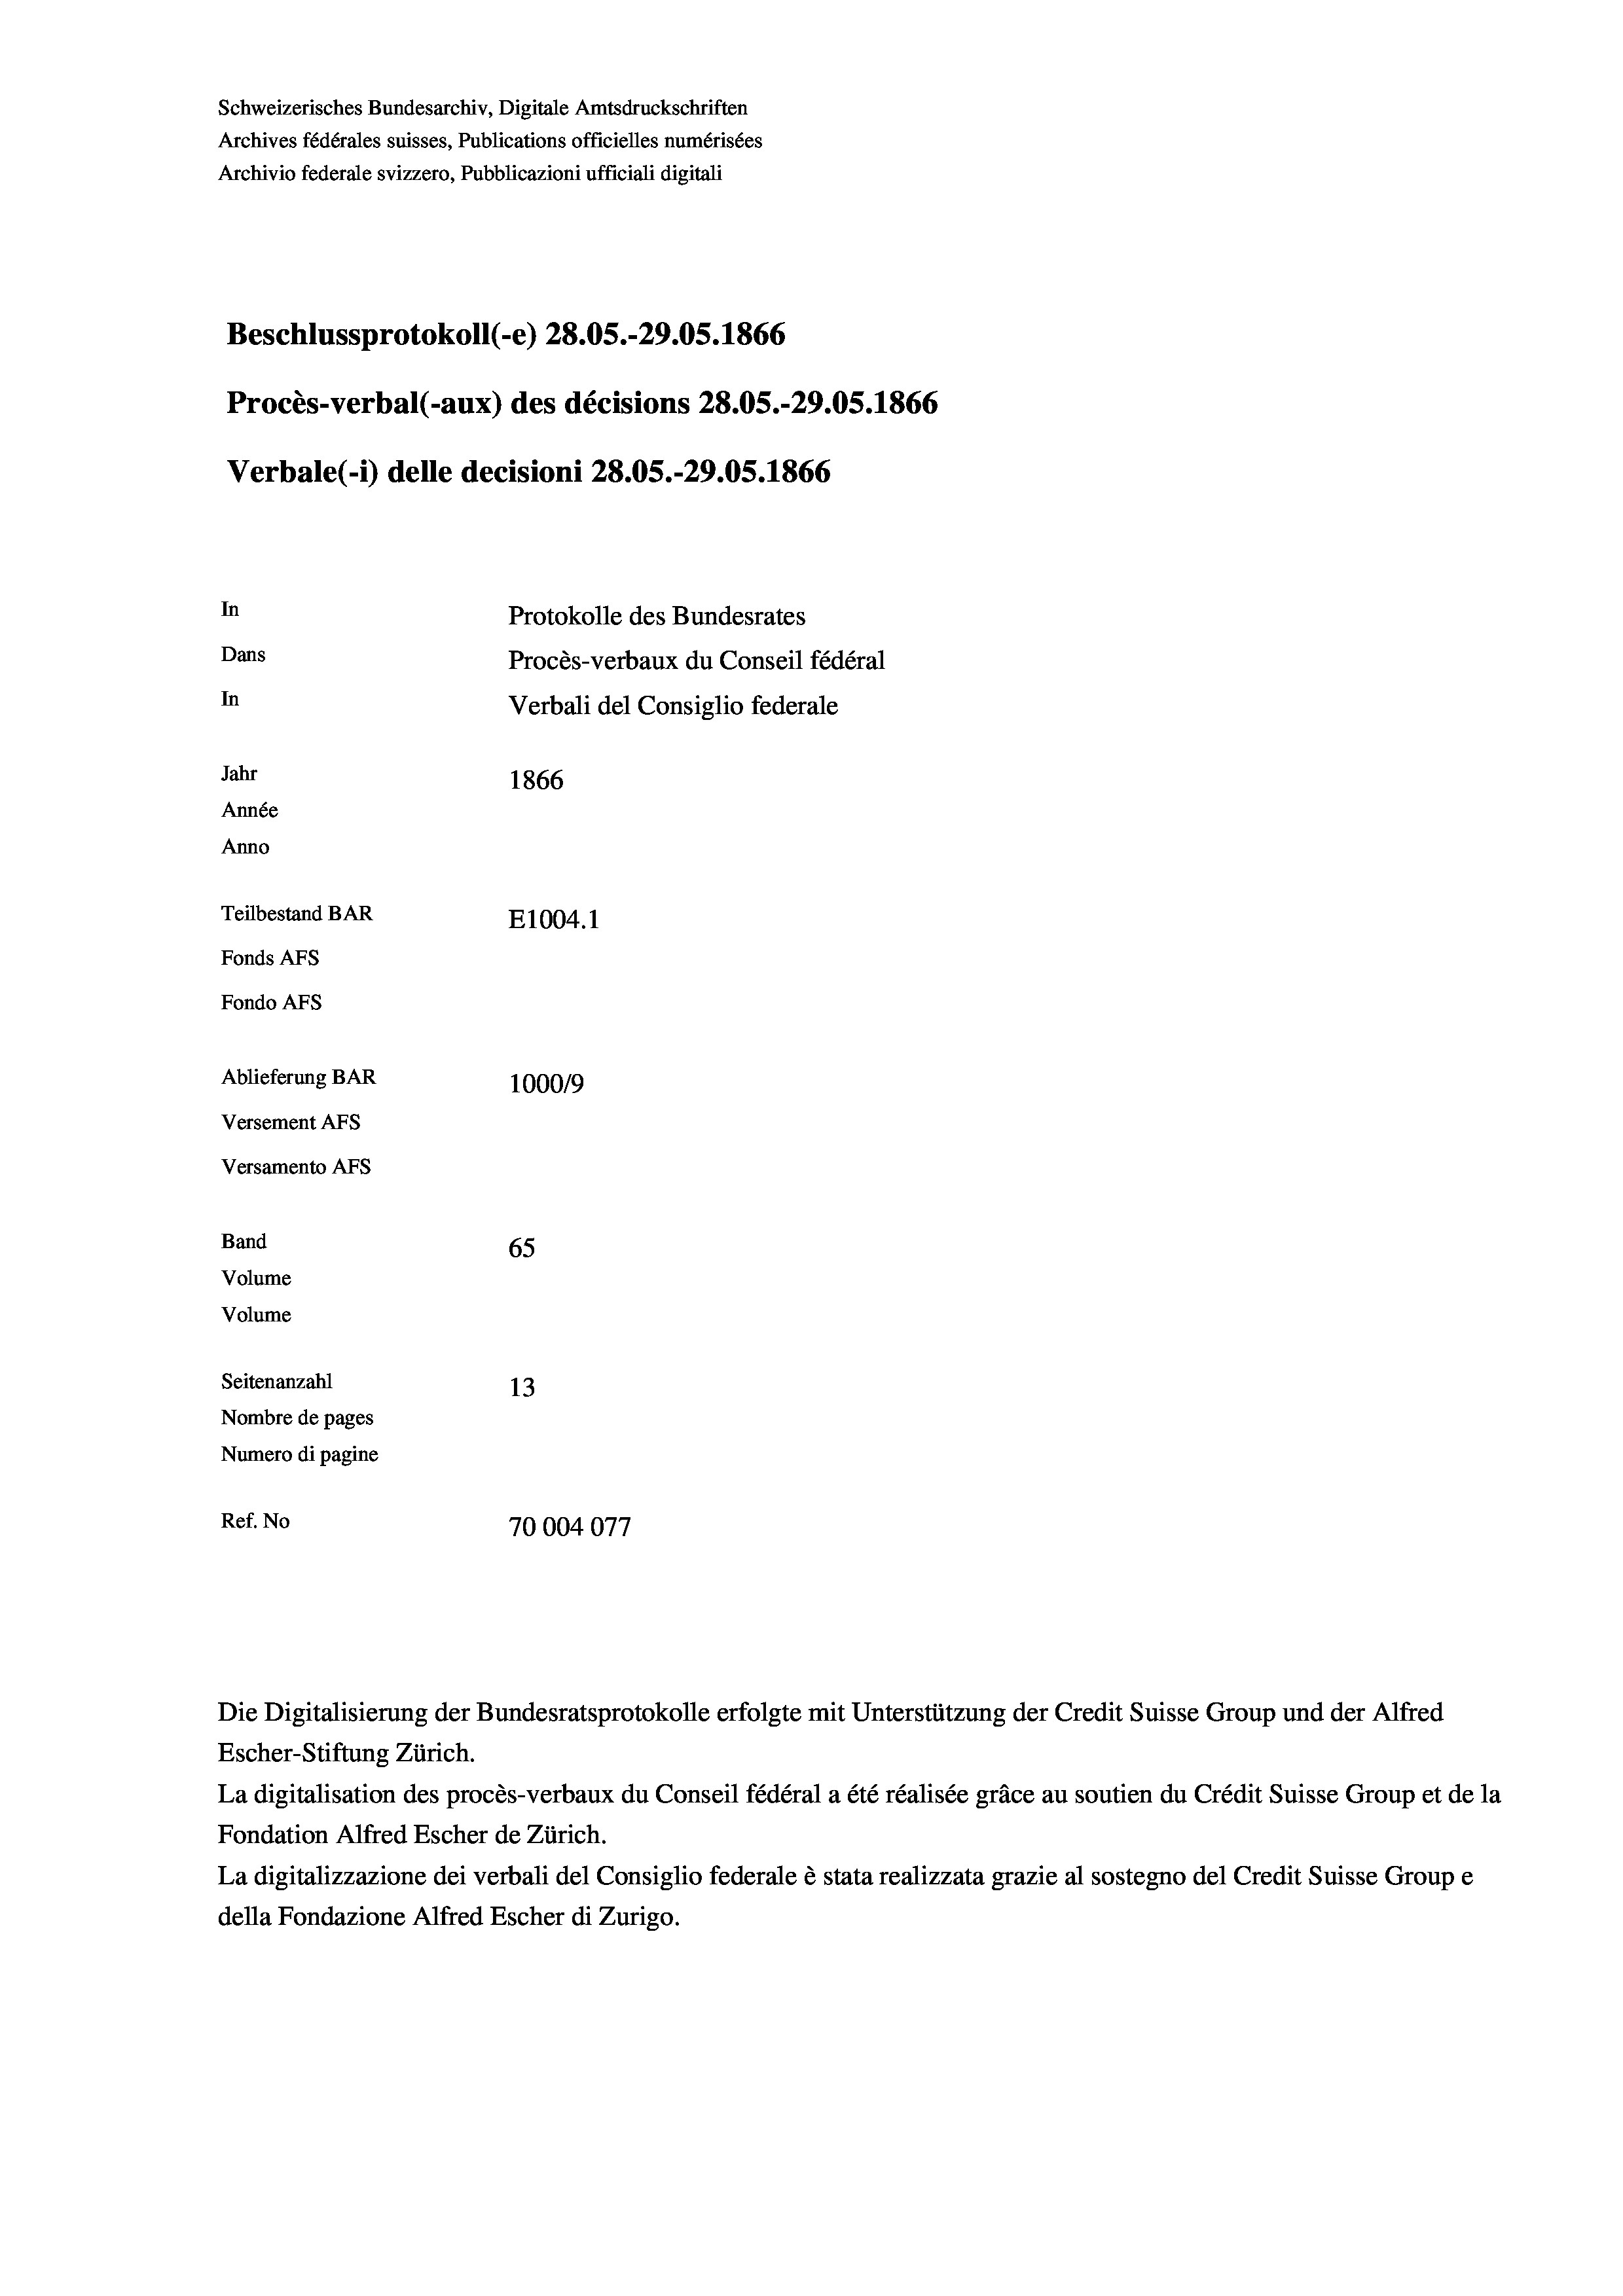
Schweizerisches Bundesarchiv, Digitale Amtsdruckschriften
Archives fédérales suisses, Publications officielles numérisées
Archivio federale svizzero, Pubblicazioni ufficiali digitali
Beschlussprotokoll (-e) 28.05.-29.05. 1866
Procès-verbal (-aux) des décisions 28.05.-29.05. 1866
Verbale(-*) delle decisioni 28.05.-29.05. 1866
In
Protokolle des Bundesrates
Dans
Procès-verbaux du Conseil fédéral
In
Verbali del Consiglio federale
Jahr
1866
Année
Anno
Teilbestand BAR
E1004.1
Fonds AFs
Fondo Afs
Ablieferung BAR
100019
Versement AFs
Versamento AFs
Band
65
Volume
Volume

Seitenanzahl
13
Nombre de pages
Numero di pagine
Ref. No
70004077

Escher-Stiftung Zürich.
La digitalisation des procès-verbaux du Conseil fédéral a été réalisée gräce au soutien du Crédit Suisse Group et de la
Fondation Alfred Escher de Zürich.
La digitalizzazione dei verbali del Consiglio federale è stata realizzata grazie al sostegno del Credit Suisse Groupe
della Fondazione Alfred Escher di Zurigo.

Die Digitalisierung der Bundesratsprotokolle erfolgte mit Unterstützung der Credit Suisse Group und der Alfred